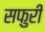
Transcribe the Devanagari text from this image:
सफुरी